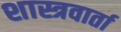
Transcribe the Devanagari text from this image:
शास्त्रवार्ता